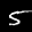
Label: 5